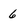
Character: 6